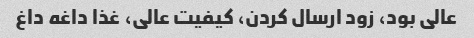
عالی بود، زود ارسال کردن، کیفیت عالی، غذا داغه داغ